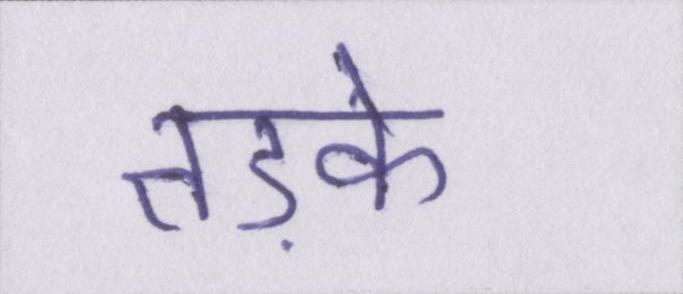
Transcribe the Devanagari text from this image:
तड़के